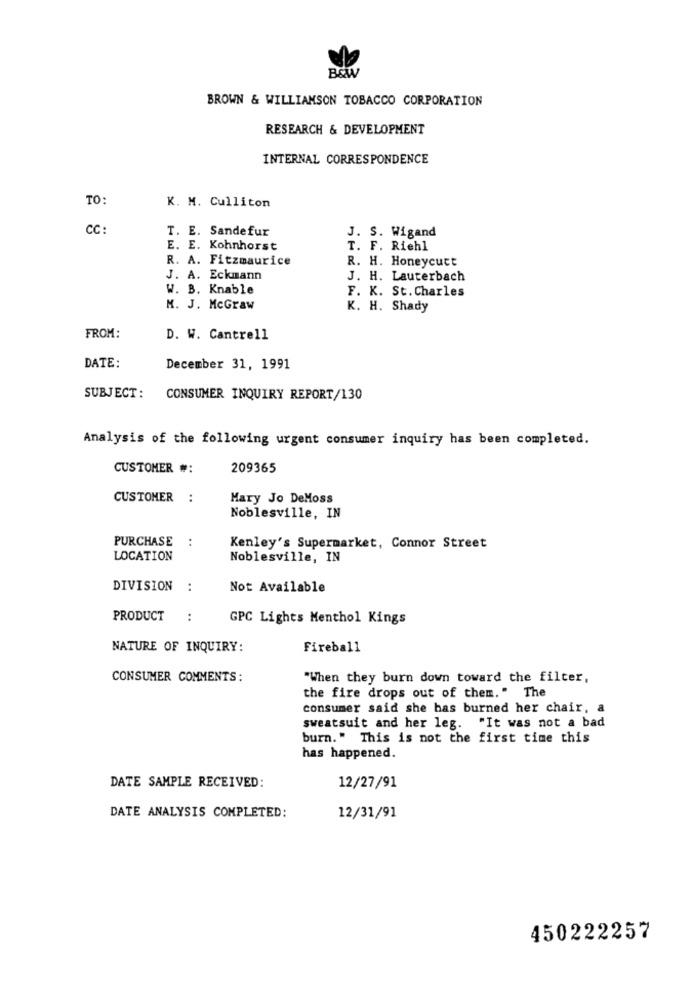
BOW
BROWN & WILLIAMSON TOBACCO CORPORATION
RESEARCH & DEVELOPMENT
INTERNAL CORRESPONDENCE
TO:
K. M. Culliton
CC:
T. E. Sandefur
J. S. Wigand
E. E. Kohnhorst
T. F. Riehl
R. A. Fitzmaurice
R. H. Honeycutt
J. A. Eckmann
J. H. Lauterbach
W. B. Knable
F. K. St. Charles
M. J. McGraw
K. H. Shady
FROM:
D. W. Cantrell
DATE:
December 31, 1991
SUBJECT:
CONSUMER INQUIRY REPORT/130
Analysis of the following urgent consumer inquiry has been completed.
CUSTOMER #:
209365
CUSTOMER :
Mary Jo DeMoss
Noblesville, IN
PURCHASE
:
Kenley's Supermarket, Connor Street
LOCATION
Noblesville, IN
DIVISION :
Not Available
PRODUCT :
GPC Lights Menthol Kings
NATURE OF INQUIRY:
Fireball
CONSUMER COMMENTS:
"When they burn down toward the filter,
the fire drops out of them." The
consumer said she has burned her chair, a
sweatsuit and her leg. "It was not a bad
burn." This is not the first time this
has happened.
DATE SAMPLE RECEIVED:
12/27/91
DATE ANALYSIS COMPLETED:
12/31/91
450222257